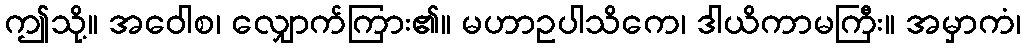
ဤသို့။ အဝေါစ၊ လျှောက်ကြား၏။ မဟာဥပါသိကေ၊ ဒါယိကာမကြီး။ အမှာကံ၊